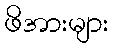
ဖိအားများ